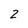
Character: 2